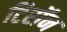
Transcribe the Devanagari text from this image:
टिरॉन